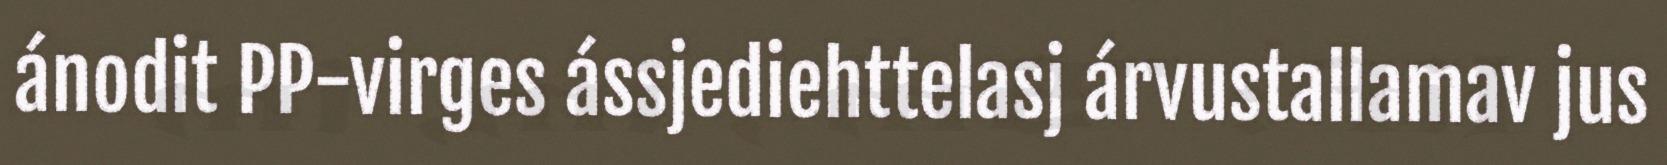
ánodit PP-virges ássjediehttelasj árvustallamav jus